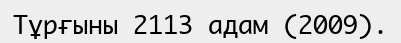
Тұрғыны 2113 адам (2009).